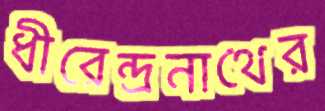
ধীরেন্দ্রনাথের